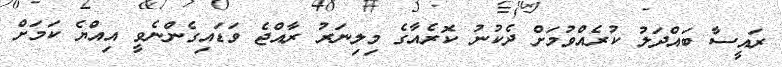
ރައީސާ ބައްދަލު ކުރެއްވުމަށް ދެކުނު ކޮރެއާގެ މިލިނަރު ރާއްޖެ ވަޑައިގެންނެވީ އިއްުޔެ ކަމަށް